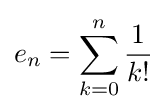
e_{n}=\sum _{k=0}^{n}{\frac {1}{k!}}